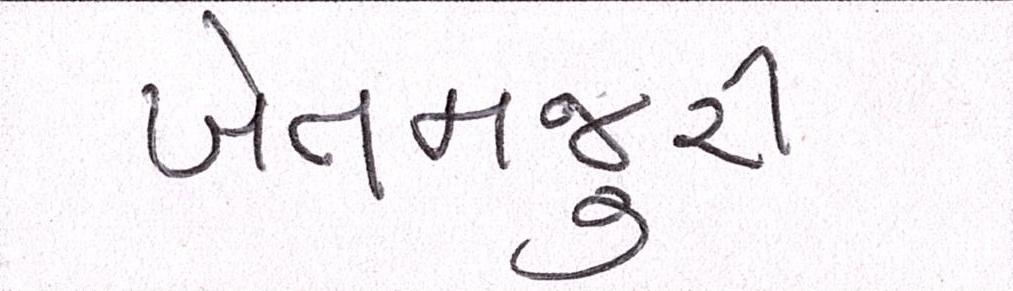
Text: ખેતમજુરી